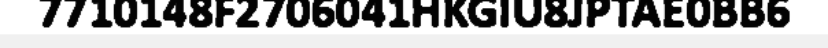
7710148F2706041HKGIU8JPTAE0BB6